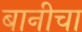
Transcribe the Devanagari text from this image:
बानीचा